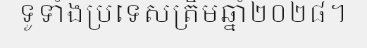
ទូទាំងប្រទេសត្រឹមឆ្នាំ២០២៨។